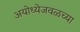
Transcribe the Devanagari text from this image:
अयोध्येजवळच्या